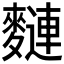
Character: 𪍦